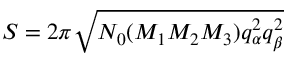
S = 2 \pi \sqrt { N _ { 0 } ( M _ { 1 } M _ { 2 } M _ { 3 } ) q _ { \alpha } ^ { 2 } q _ { \beta } ^ { 2 } }